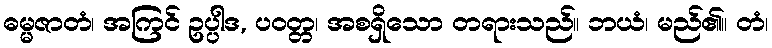
ဓမ္မဇာတံ၊ အကြင် ဥပ္ပါဒ, ပဝတ္တ၊ အစရှိသော တရားသည်။ ဘယံ၊ မည်၏။ တံ၊